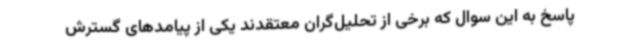
پاسخ به این سوال که برخی از تحلیل‌گران معتقدند یکی از پیامدهای گسترش